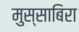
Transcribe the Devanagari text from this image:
मुस्साबिरा